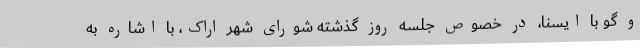
و گو با ایسنا، در خصوص جلسه روز گذشته شورای شهر اراک، با اشاره به